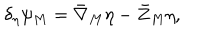
\delta _ { \eta } \psi _ { M } = { \bar { \nabla } } _ { M } \eta - { \bar { Z } } _ { M } \eta ,